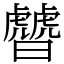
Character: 䖜